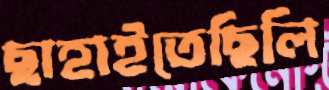
ছাহাইতেছিলি